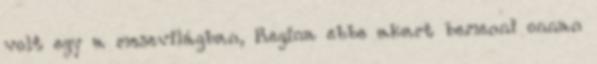
volt egy a mesevilágban, Regina ebbe akart bemenni onnan